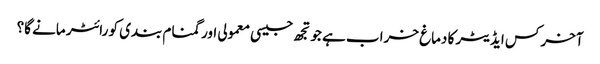
آخر کس ایڈیٹر کا دماغ خراب ہے جو تجھ جیسی معمولی اور گمنام بندی کو رائٹر مانے گا؟